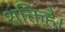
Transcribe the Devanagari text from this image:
शक्तिहै।